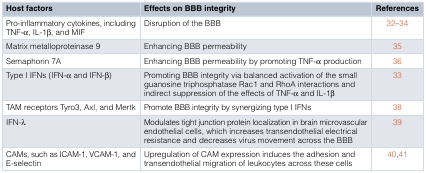
<table><thead><tr><td><b>Host factors</b></td><td><b>Effects on BBB integrity</b></td><td><b>References</b></td></tr></thead><tbody><tr><td>Pro-inflammatory cytokines, includingTNF-α, IL-1β, and MIF</td><td>Disruption of the BBB</td><td>32–34</td></tr><tr><td>Matrix metalloproteinase 9</td><td>Enhancing BBB permeability</td><td>35</td></tr><tr><td>Semaphorin 7A</td><td>Enhancing BBB permeability by promoting TNF-α production</td><td>36</td></tr><tr><td>Type I IFNs (IFN-α and IFN-β)</td><td>Promoting BBB integrity via balanced activation of the smallguanosine triphosphatase Rac1 and RhoA interactions andindirect suppression of the effects of TNF-α and IL-1β</td><td>33</td></tr><tr><td>TAM receptors Tyro3, Axl, and Mertk</td><td>Promote BBB integrity by synergizing type I IFNs</td><td>38</td></tr><tr><td>IFN-λ</td><td>Modulates tight junction protein localization in brain microvascularendothelial cells, which increases transendothelial electricalresistance and decreases virus movement across the BBB</td><td>39</td></tr><tr><td>CAMs, such as ICAM-1, VCAM-1, andE-selectin</td><td>Upregulation of CAM expression induces the adhesion andtransendothelial migration of leukocytes across these cells</td><td>40,41</td></tr></tbody></table>